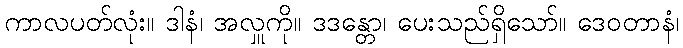
ကာလပတ်လုံး။ ဒါနံ၊ အလှူကို။ ဒဒန္တော၊ ပေးသည်ရှိသော်။ ဒေဝတာနံ၊